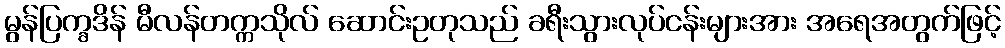
မွန်ပြက္ခဒိန် မီလန်တက္ကသိုလ် ဆောင်းဥတုသည် ခရီးသွားလုပ်ငန်းများအား အရေအတွက်ဖြင့်